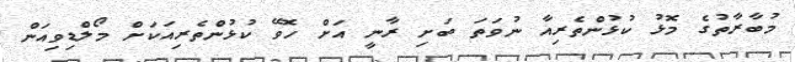
މުބާރާތުގެ މޮޅު ކުޅުންތެރިއާ ނުވަތަ ބަށި ރާނީ އަށް ހޮވޭ ކުޅުންތެރިއަކަށް މޯލްޑިވިއަން